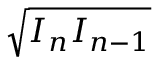
\sqrt { I _ { n } I _ { n - 1 } }